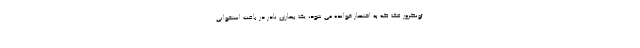
ئونکروز فک که به اختصار خوانده می شود، یک بیماری نادر در بافت استخوانی